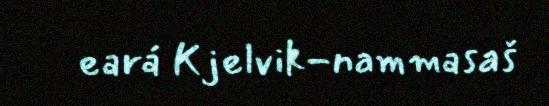
eará Kjelvik-nammasaš